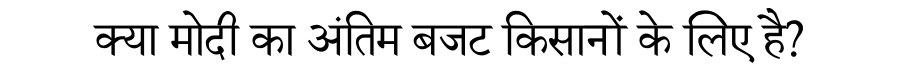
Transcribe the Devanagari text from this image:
क्या मोदी का अंतिम बजट किसानों के लिए है?